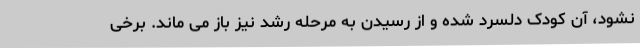
نشود، آن کودک دلسرد شده و از رسیدن به مرحله رشد نیز باز می ماند. برخی